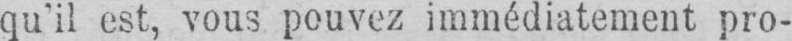
qu’il est, vous pouvez immédiatement pro-